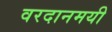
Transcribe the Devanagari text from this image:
वरदानमयी